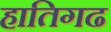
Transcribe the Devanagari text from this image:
हातिगढ